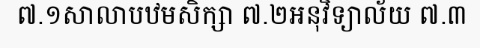
៧.១សាលាបឋមសិក្សា ៧.២អនុវិទ្យាល័យ ៧.៣